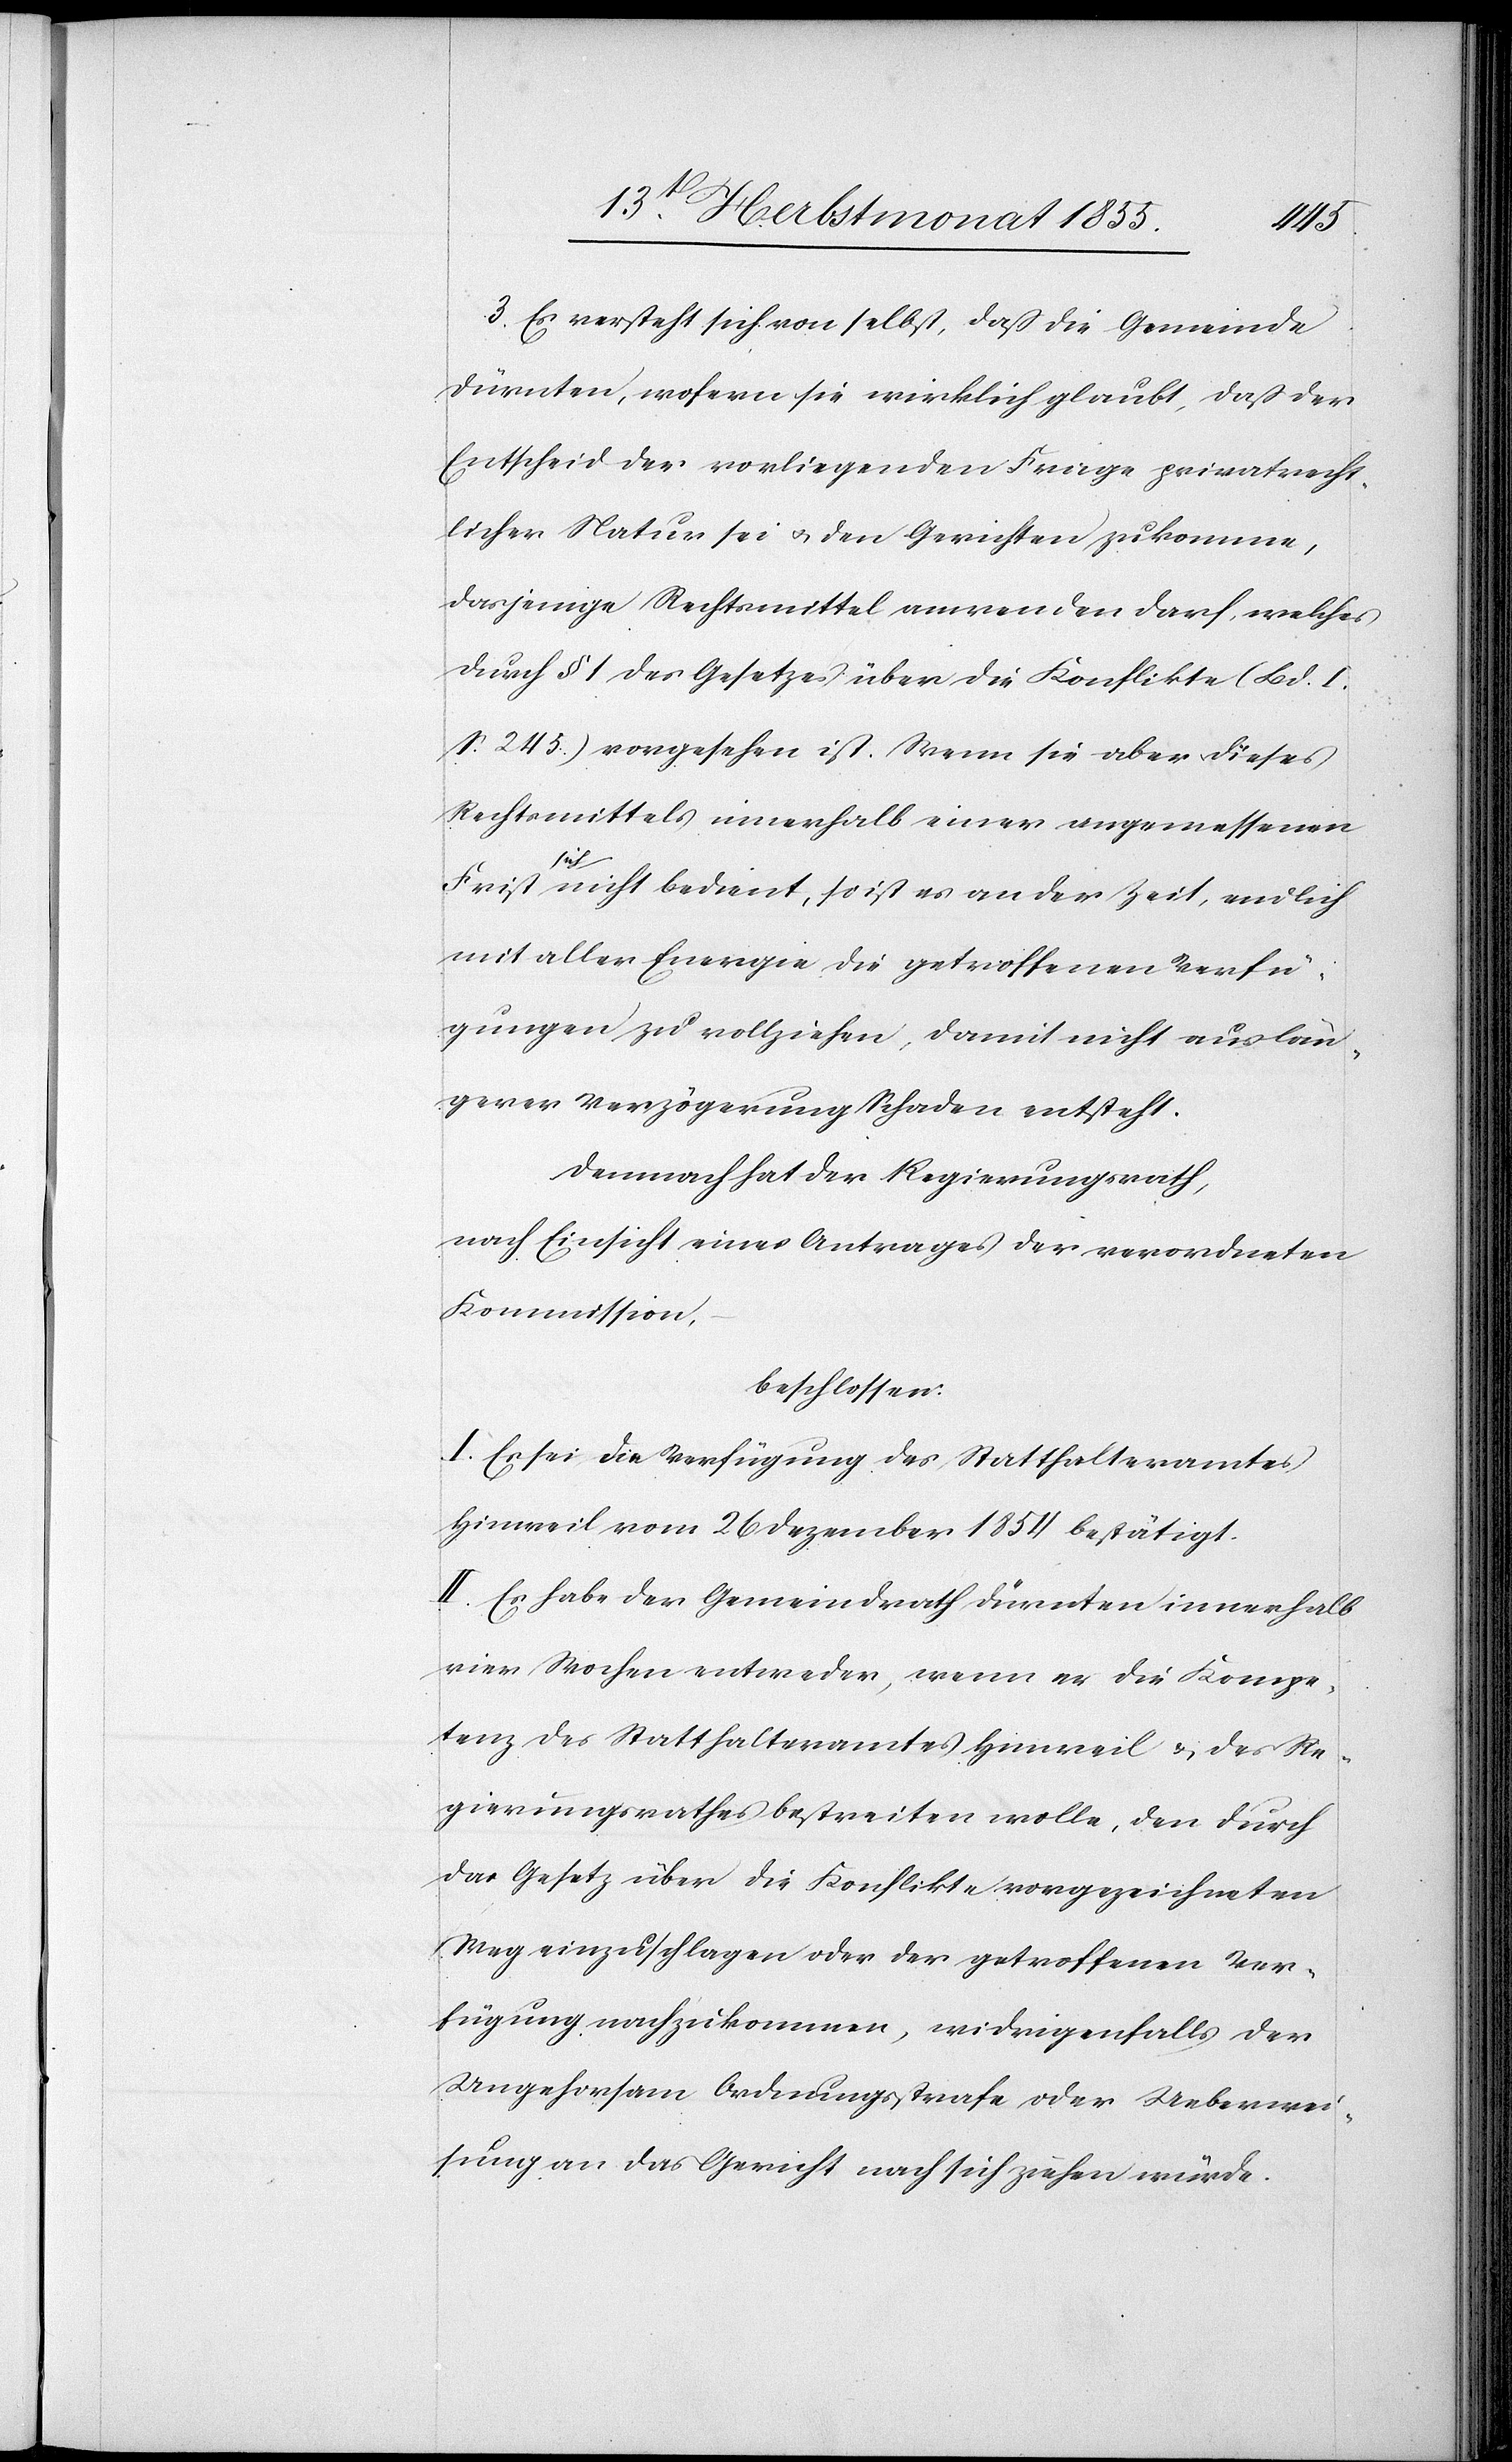
3. Es versteht sich von selbst, daß die Gemeinde
Dürnten, wofern sie wirklich glaubt, daß der
Entscheid der vorliegenden Frage privatrecht¬
licher Natur sei & den Gerichten zukomme,
dasjenige Rechtsmittel anwenden darf, welches
durch § 1 des Gesetzes über die Konflikte (Bd. I.
S. 245.) vorgesehen ist. Wenn sie aber dieses
Rechtsmittels innerhalb einer angemessenen
Frist
sich nicht bedient, so ist es an der Zeit, endlich
mit aller Energie die getroffenen Verfü¬
gungen zu vollziehen, damit nicht aus län¬
gerer Verzögerung Schaden entsteht.
Demnach hat der Regierungsrath,
nach Einsicht eines Antrages der verordneten
Kommission,
beschlossen:
I. Es sei die Verfügung des Statthalteramtes
Hinweil vom 26 Dezember 1854 bestätigt.
II. Es habe der Gemeindrath Dürnten innerhalb
vier Wochen entweder, wenn er die Kompe¬
tenz des Statthalteramtes Hinweil & des Re¬
gierungsrathes bestreiten wolle, den durch
das Gesetz über die Konflikte vorgezeichneten
Weg einzuschlagen oder der getroffenen Ver¬
fügung nachzukommen, widrigenfalls der
Ungehorsam Ordnungsstrafe oder Ueberwei¬
sung an das Gericht nach sich ziehen würde.